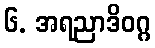
၆. အရညာဒိဝဂ္ဂ